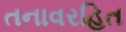
તનાવરહિત